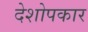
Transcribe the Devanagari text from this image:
देशोपकार